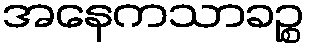
အနေကသာခဉ္စ